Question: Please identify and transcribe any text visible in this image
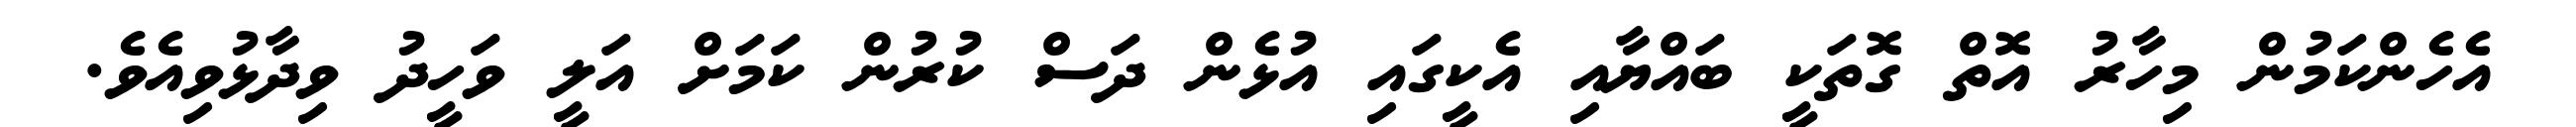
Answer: އެހެންކަމުން މިހާރު އޮތް ގޮތަކީ ބައްޔާއި އެކީގައި އުޅެން ދަސް ކުރުން ކަމަށް އަލީ ވަހީދު ވިދާޅުވިއެވެ.